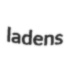
ladens